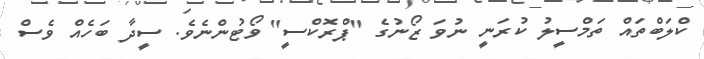
ކްލަބްތައް ތަމްސީލު ކުރަނީ ނުވަ ޒޯނުގެ "ޕްރޮކްސީ" ވޯޓުންނެވެ. ސީދާ ބަހެއް ވެސް